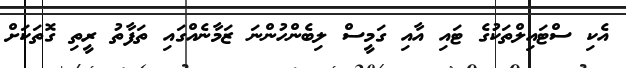
އެކި ސްޓައިލްތަކުގެ ޓައި އާއި ގަމީސް ލިބެންހުންނަ ޒަމާނެއްގައި ތަފާތު ރީތި ގޮތަކަށް